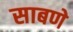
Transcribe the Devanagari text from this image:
साबणे